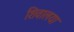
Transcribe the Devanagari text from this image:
शिवालया